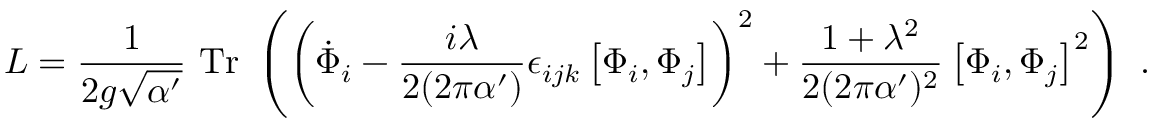
{ \cal L } = { \frac { 1 } { 2 g \sqrt { \alpha ^ { \prime } } } } ~ \mathrm { T r } ~ \left( \left( { \dot { \Phi } } _ { i } - { \frac { i \lambda } { 2 ( 2 \pi \alpha ^ { \prime } ) } } \epsilon _ { i j k } \left[ \Phi _ { i } , \Phi _ { j } \right] \right) ^ { 2 } + { \frac { 1 + \lambda ^ { 2 } } { 2 ( 2 \pi \alpha ^ { \prime } ) ^ { 2 } } } \left[ \Phi _ { i } , \Phi _ { j } \right] ^ { 2 } \right) ~ .